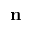
\mathbf n